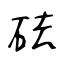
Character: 砝